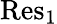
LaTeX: \mathrm{Res}_{1}